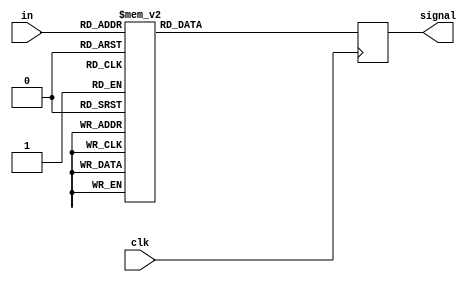
`timescale 1ns / 1ps
//////////////////////////////////////////////////////////////////////////////////
// Company: 
// Engineer: 
// 
// Design Name: 
// Module Name: check_request
// Project Name: 
// Target Devices: 
// Tool Versions: 
// Description: 
// 
// Dependencies: 
// 
// Revision:
// Revision 0.01 - File Created
// Additional Comments:
// 
//////////////////////////////////////////////////////////////////////////////////


module check_request(
    input [9:0] in, //{estoy,dir,marcados,request }
    input clk,
    output reg [3:0] signal
    );
    
always@(posedge clk) begin
    case(in)
    10'b0000000000: signal = 4'b0001;
    10'b0000000010: signal = 4'b0101;
    10'b0000000011: signal = 4'b0101;
    10'b0000000100: signal = 4'b1001;
    10'b0000000101: signal = 4'b1001;
    10'b0000000111: signal = 4'b1101;
    10'b0000001000: signal = 4'b0001;
    10'b0000001010: signal = 4'b0101;
    10'b0000001011: signal = 4'b0110;
    10'b0000001100: signal = 4'b1001;
    10'b0000001101: signal = 4'b1010;
    10'b0000001111: signal = 4'b1110;
    10'b0000010000: signal = 4'b0001;
    10'b0000010010: signal = 4'b0101;
    10'b0000010011: signal = 4'b0110;
    10'b0000010100: signal = 4'b1001;
    10'b0000010101: signal = 4'b1010;
    10'b0000010111: signal = 4'b1101;
    10'b0000011000: signal = 4'b0001;
    10'b0000011010: signal = 4'b0101;
    10'b0000011011: signal = 4'b0110;
    10'b0000011100: signal = 4'b1001;
    10'b0000011101: signal = 4'b1010;
    10'b0000011111: signal = 4'b1110;
    10'b0000100000: signal = 4'b0001;
    10'b0000100010: signal = 4'b0101;
    10'b0000100011: signal = 4'b0110;
    10'b0000100100: signal = 4'b1001;
    10'b0000100101: signal = 4'b1001;
    10'b0000100111: signal = 4'b1101;
    10'b0000101000: signal = 4'b0001;
    10'b0000101010: signal = 4'b0101;
    10'b0000101011: signal = 4'b0110;
    10'b0000101100: signal = 4'b1001;
    10'b0000101101: signal = 4'b1010;
    10'b0000101111: signal = 4'b1110;
    10'b0000110000: signal = 4'b0001;
    10'b0000110010: signal = 4'b0101;
    10'b0000110011: signal = 4'b0110;
    10'b0000110100: signal = 4'b1001;
    10'b0000110101: signal = 4'b1010;
    10'b0000110111: signal = 4'b1101;
    10'b0000111000: signal = 4'b0001;
    10'b0000111010: signal = 4'b0101;
    10'b0000111011: signal = 4'b0110;
    10'b0000111100: signal = 4'b1001;
    10'b0000111101: signal = 4'b1010;
    10'b0000111111: signal = 4'b1110;
    10'b0001000000: signal = 4'b0001;
    10'b0001000010: signal = 4'b0101;
    10'b0001000011: signal = 4'b0101;
    10'b0001000100: signal = 4'b1001;
    10'b0001000101: signal = 4'b1001;
    10'b0001000111: signal = 4'b1101;
    10'b0001001000: signal = 4'b0001;
    10'b0001001010: signal = 4'b0101;
    10'b0001001011: signal = 4'b0110;
    10'b0001001100: signal = 4'b1001;
    10'b0001001101: signal = 4'b1010;
    10'b0001001111: signal = 4'b1110;
    10'b0001010000: signal = 4'b0001;
    10'b0001010010: signal = 4'b0101;
    10'b0001010011: signal = 4'b0110;
    10'b0001010100: signal = 4'b1001;
    10'b0001010101: signal = 4'b1010;
    10'b0001010111: signal = 4'b1101;
    10'b0001011000: signal = 4'b0001;
    10'b0001011010: signal = 4'b0101;
    10'b0001011011: signal = 4'b0110;
    10'b0001011100: signal = 4'b1001;
    10'b0001011101: signal = 4'b1010;
    10'b0001011111: signal = 4'b1110;
    10'b0001100000: signal = 4'b0001;
    10'b0001100010: signal = 4'b0101;
    10'b0001100011: signal = 4'b0110;
    10'b0001100100: signal = 4'b1001;
    10'b0001100101: signal = 4'b1001;
    10'b0001100111: signal = 4'b1101;
    10'b0001101000: signal = 4'b0001;
    10'b0001101010: signal = 4'b0101;
    10'b0001101011: signal = 4'b0110;
    10'b0001101100: signal = 4'b1001;
    10'b0001101101: signal = 4'b1010;
    10'b0001101111: signal = 4'b1110;
    10'b0001110000: signal = 4'b0001;
    10'b0001110010: signal = 4'b0101;
    10'b0001110011: signal = 4'b0110;
    10'b0001110100: signal = 4'b1001;
    10'b0001110101: signal = 4'b1010;
    10'b0001110111: signal = 4'b1101;
    10'b0001111000: signal = 4'b0001;
    10'b0001111010: signal = 4'b0101;
    10'b0001111011: signal = 4'b0110;
    10'b0001111100: signal = 4'b1001;
    10'b0001111101: signal = 4'b1010;
    10'b0001111111: signal = 4'b1110;
    10'b0100000000: signal = 4'b0101;
    10'b0100000010: signal = 4'b0001;
    10'b0100000011: signal = 4'b0001;
    10'b0100000100: signal = 4'b0101;
    10'b0100000101: signal = 4'b0101;
    10'b0100000111: signal = 4'b1001;
    10'b0100001000: signal = 4'b0100;
    10'b0100001010: signal = 4'b0001;
    10'b0100001011: signal = 4'b0001;
    10'b0100001100: signal = 4'b0101;
    10'b0100001101: signal = 4'b0110;
    10'b0100001111: signal = 4'b1010;
    10'b0100010000: signal = 4'b0100;
    10'b0100010010: signal = 4'b0001;
    10'b0100010011: signal = 4'b0001;
    10'b0100010100: signal = 4'b0101;
    10'b0100010101: signal = 4'b0110;
    10'b0100010111: signal = 4'b1001;
    10'b0100011000: signal = 4'b0100;
    10'b0100011010: signal = 4'b0001;
    10'b0100011011: signal = 4'b0001;
    10'b0100011100: signal = 4'b0101;
    10'b0100011101: signal = 4'b0110;
    10'b0100011111: signal = 4'b1010;
    10'b0100100000: signal = 4'b0100;
    10'b0100100010: signal = 4'b0001;
    10'b0100100011: signal = 4'b0001;
    10'b0100100100: signal = 4'b0101;
    10'b0100100101: signal = 4'b0101;
    10'b0100100111: signal = 4'b1001;
    10'b0100101000: signal = 4'b0100;
    10'b0100101010: signal = 4'b0001;
    10'b0100101011: signal = 4'b0001;
    10'b0100101100: signal = 4'b0101;
    10'b0100101101: signal = 4'b0110;
    10'b0100101111: signal = 4'b1010;
    10'b0100110000: signal = 4'b0100;
    10'b0100110010: signal = 4'b0001;
    10'b0100110011: signal = 4'b0001;
    10'b0100110100: signal = 4'b0101;
    10'b0100110101: signal = 4'b0110;
    10'b0100110111: signal = 4'b1001;
    10'b0100111000: signal = 4'b0100;
    10'b0100111010: signal = 4'b0001;
    10'b0100111011: signal = 4'b0001;
    10'b0100111100: signal = 4'b0101;
    10'b0100111101: signal = 4'b0110;
    10'b0100111111: signal = 4'b1010;
    10'b0101000000: signal = 4'b0100;
    10'b0101000010: signal = 4'b0001;
    10'b0101000011: signal = 4'b0001;
    10'b0101000100: signal = 4'b0101;
    10'b0101000101: signal = 4'b0101;
    10'b0101000111: signal = 4'b1001;
    10'b0101001000: signal = 4'b0100;
    10'b0101001010: signal = 4'b0001;
    10'b0101001011: signal = 4'b0001;
    10'b0101001100: signal = 4'b0101;
    10'b0101001101: signal = 4'b0110;
    10'b0101001111: signal = 4'b1010;
    10'b0101010000: signal = 4'b0100;
    10'b0101010010: signal = 4'b0001;
    10'b0101010011: signal = 4'b0001;
    10'b0101010100: signal = 4'b0101;
    10'b0101010101: signal = 4'b0110;
    10'b0101010111: signal = 4'b1001;
    10'b0101011000: signal = 4'b0100;
    10'b0101011010: signal = 4'b0001;
    10'b0101011011: signal = 4'b0001;
    10'b0101011100: signal = 4'b0101;
    10'b0101011101: signal = 4'b0110;
    10'b0101011111: signal = 4'b1010;
    10'b0101100000: signal = 4'b0100;
    10'b0101100010: signal = 4'b0001;
    10'b0101100011: signal = 4'b0001;
    10'b0101100100: signal = 4'b0101;
    10'b0101100101: signal = 4'b0101;
    10'b0101100111: signal = 4'b1001;
    10'b0101101000: signal = 4'b0100;
    10'b0101101010: signal = 4'b0001;
    10'b0101101011: signal = 4'b0001;
    10'b0101101100: signal = 4'b0101;
    10'b0101101101: signal = 4'b0110;
    10'b0101101111: signal = 4'b1010;
    10'b0101110000: signal = 4'b0100;
    10'b0101110010: signal = 4'b0001;
    10'b0101110011: signal = 4'b0001;
    10'b0101110100: signal = 4'b0101;
    10'b0101110101: signal = 4'b0110;
    10'b0101110111: signal = 4'b1001;
    10'b0101111000: signal = 4'b0100;
    10'b0101111010: signal = 4'b0001;
    10'b0101111011: signal = 4'b0001;
    10'b0101111100: signal = 4'b0101;
    10'b0101111101: signal = 4'b0110;
    10'b0101111111: signal = 4'b1010;
    10'b0110000000: signal = 4'b0101;
    10'b0110000010: signal = 4'b0001;
    10'b0110000011: signal = 4'b0001;
    10'b0110000100: signal = 4'b0101;
    10'b0110000101: signal = 4'b0101;
    10'b0110000111: signal = 4'b1001;
    10'b0110001000: signal = 4'b0101;
    10'b0110001010: signal = 4'b0001;
    10'b0110001011: signal = 4'b0001;
    10'b0110001100: signal = 4'b0100;
    10'b0110001101: signal = 4'b0100;
    10'b0110001111: signal = 4'b1000;
    10'b0110010000: signal = 4'b0101;
    10'b0110010010: signal = 4'b0001;
    10'b0110010011: signal = 4'b0001;
    10'b0110010100: signal = 4'b0100;
    10'b0110010101: signal = 4'b0100;
    10'b0110010111: signal = 4'b1000;
    10'b0110011000: signal = 4'b0101;
    10'b0110011010: signal = 4'b0001;
    10'b0110011011: signal = 4'b0001;
    10'b0110011100: signal = 4'b0100;
    10'b0110011101: signal = 4'b0100;
    10'b0110011111: signal = 4'b1000;
    10'b0110100000: signal = 4'b0101;
    10'b0110100010: signal = 4'b0001;
    10'b0110100011: signal = 4'b0001;
    10'b0110100100: signal = 4'b0100;
    10'b0110100101: signal = 4'b0100;
    10'b0110100111: signal = 4'b1000;
    10'b0110101000: signal = 4'b0101;
    10'b0110101010: signal = 4'b0001;
    10'b0110101011: signal = 4'b0001;
    10'b0110101100: signal = 4'b0100;
    10'b0110101101: signal = 4'b0100;
    10'b0110101111: signal = 4'b1000;
    10'b0110110000: signal = 4'b0101;
    10'b0110110010: signal = 4'b0001;
    10'b0110110011: signal = 4'b0001;
    10'b0110110100: signal = 4'b0100;
    10'b0110110101: signal = 4'b0100;
    10'b0110110111: signal = 4'b1000;
    10'b0110111000: signal = 4'b0101;
    10'b0110111010: signal = 4'b0001;
    10'b0110111011: signal = 4'b0001;
    10'b0110111100: signal = 4'b0100;
    10'b0110111101: signal = 4'b0100;
    10'b0110111111: signal = 4'b1000;
    10'b0111000000: signal = 4'b0101;
    10'b0111000010: signal = 4'b0010;
    10'b0111000011: signal = 4'b0001;
    10'b0111000100: signal = 4'b0100;
    10'b0111000101: signal = 4'b0100;
    10'b0111000111: signal = 4'b1000;
    10'b0111001000: signal = 4'b0101;
    10'b0111001010: signal = 4'b0010;
    10'b0111001011: signal = 4'b0001;
    10'b0111001100: signal = 4'b0100;
    10'b0111001101: signal = 4'b0100;
    10'b0111001111: signal = 4'b1000;
    10'b0111010000: signal = 4'b0101;
    10'b0111010010: signal = 4'b0010;
    10'b0111010011: signal = 4'b0001;
    10'b0111010100: signal = 4'b0100;
    10'b0111010101: signal = 4'b0100;
    10'b0111010111: signal = 4'b1000;
    10'b0111011000: signal = 4'b0101;
    10'b0111011010: signal = 4'b0010;
    10'b0111011011: signal = 4'b0001;
    10'b0111011100: signal = 4'b0100;
    10'b0111011101: signal = 4'b0100;
    10'b0111011111: signal = 4'b1000;
    10'b0111100000: signal = 4'b0101;
    10'b0111100010: signal = 4'b0010;
    10'b0111100011: signal = 4'b0001;
    10'b0111100100: signal = 4'b0100;
    10'b0111100101: signal = 4'b0100;
    10'b0111100111: signal = 4'b1000;
    10'b0111101000: signal = 4'b0101;
    10'b0111101010: signal = 4'b0010;
    10'b0111101011: signal = 4'b0001;
    10'b0111101100: signal = 4'b0100;
    10'b0111101101: signal = 4'b0100;
    10'b0111101111: signal = 4'b1000;
    10'b0111110000: signal = 4'b0101;
    10'b0111110010: signal = 4'b0010;
    10'b0111110011: signal = 4'b0001;
    10'b0111110100: signal = 4'b0100;
    10'b0111110101: signal = 4'b0100;
    10'b0111110111: signal = 4'b1000;
    10'b0111111000: signal = 4'b0101;
    10'b0111111010: signal = 4'b0010;
    10'b0111111011: signal = 4'b0001;
    10'b0111111100: signal = 4'b0100;
    10'b0111111101: signal = 4'b0100;
    10'b0111111111: signal = 4'b1000;
    10'b1000000000: signal = 4'b1001;
    10'b1000000010: signal = 4'b0101;
    10'b1000000011: signal = 4'b0101;
    10'b1000000100: signal = 4'b0001;
    10'b1000000101: signal = 4'b0001;
    10'b1000000111: signal = 4'b0101;
    10'b1000001000: signal = 4'b1000;
    10'b1000001010: signal = 4'b0100;
    10'b1000001011: signal = 4'b0101;
    10'b1000001100: signal = 4'b0001;
    10'b1000001101: signal = 4'b0001;
    10'b1000001111: signal = 4'b0110;
    10'b1000010000: signal = 4'b1000;
    10'b1000010010: signal = 4'b0100;
    10'b1000010011: signal = 4'b0101;
    10'b1000010100: signal = 4'b0001;
    10'b1000010101: signal = 4'b0001;
    10'b1000010111: signal = 4'b0101;
    10'b1000011000: signal = 4'b1000;
    10'b1000011010: signal = 4'b0100;
    10'b1000011011: signal = 4'b0101;
    10'b1000011100: signal = 4'b0001;
    10'b1000011101: signal = 4'b0001;
    10'b1000011111: signal = 4'b0110;
    10'b1000100000: signal = 4'b1000;
    10'b1000100010: signal = 4'b0100;
    10'b1000100011: signal = 4'b0101;
    10'b1000100100: signal = 4'b0001;
    10'b1000100101: signal = 4'b0001;
    10'b1000100111: signal = 4'b0101;
    10'b1000101000: signal = 4'b1000;
    10'b1000101010: signal = 4'b0100;
    10'b1000101011: signal = 4'b0101;
    10'b1000101100: signal = 4'b0001;
    10'b1000101101: signal = 4'b0001;
    10'b1000101111: signal = 4'b0110;
    10'b1000110000: signal = 4'b1000;
    10'b1000110010: signal = 4'b0100;
    10'b1000110011: signal = 4'b0101;
    10'b1000110100: signal = 4'b0001;
    10'b1000110101: signal = 4'b0001;
    10'b1000110111: signal = 4'b0101;
    10'b1000111000: signal = 4'b1000;
    10'b1000111010: signal = 4'b0100;
    10'b1000111011: signal = 4'b0101;
    10'b1000111100: signal = 4'b0001;
    10'b1000111101: signal = 4'b0001;
    10'b1000111111: signal = 4'b0110;
    10'b1001000000: signal = 4'b1000;
    10'b1001000010: signal = 4'b0100;
    10'b1001000011: signal = 4'b0101;
    10'b1001000100: signal = 4'b0001;
    10'b1001000101: signal = 4'b0001;
    10'b1001000111: signal = 4'b0101;
    10'b1001001000: signal = 4'b1000;
    10'b1001001010: signal = 4'b0100;
    10'b1001001011: signal = 4'b0101;
    10'b1001001100: signal = 4'b0001;
    10'b1001001101: signal = 4'b0001;
    10'b1001001111: signal = 4'b0110;
    10'b1001010000: signal = 4'b1000;
    10'b1001010010: signal = 4'b0100;
    10'b1001010011: signal = 4'b0101;
    10'b1001010100: signal = 4'b0001;
    10'b1001010101: signal = 4'b0001;
    10'b1001010111: signal = 4'b0101;
    10'b1001011000: signal = 4'b1000;
    10'b1001011010: signal = 4'b0100;
    10'b1001011011: signal = 4'b0101;
    10'b1001011100: signal = 4'b0001;
    10'b1001011101: signal = 4'b0001;
    10'b1001011111: signal = 4'b0110;
    10'b1001100000: signal = 4'b1000;
    10'b1001100010: signal = 4'b0100;
    10'b1001100011: signal = 4'b0101;
    10'b1001100100: signal = 4'b0001;
    10'b1001100101: signal = 4'b0001;
    10'b1001100111: signal = 4'b0101;
    10'b1001101000: signal = 4'b1000;
    10'b1001101010: signal = 4'b0100;
    10'b1001101011: signal = 4'b0101;
    10'b1001101100: signal = 4'b0001;
    10'b1001101101: signal = 4'b0001;
    10'b1001101111: signal = 4'b0110;
    10'b1001110000: signal = 4'b1000;
    10'b1001110010: signal = 4'b0100;
    10'b1001110011: signal = 4'b0101;
    10'b1001110100: signal = 4'b0001;
    10'b1001110101: signal = 4'b0001;
    10'b1001110111: signal = 4'b0101;
    10'b1001111000: signal = 4'b1000;
    10'b1001111010: signal = 4'b0100;
    10'b1001111011: signal = 4'b0101;
    10'b1001111100: signal = 4'b0001;
    10'b1001111101: signal = 4'b0001;
    10'b1001111111: signal = 4'b0110;
    10'b1010000000: signal = 4'b1001;
    10'b1010000010: signal = 4'b0101;
    10'b1010000011: signal = 4'b0101;
    10'b1010000100: signal = 4'b0001;
    10'b1010000101: signal = 4'b0001;
    10'b1010000111: signal = 4'b0101;
    10'b1010001000: signal = 4'b1001;
    10'b1010001010: signal = 4'b0101;
    10'b1010001011: signal = 4'b0101;
    10'b1010001100: signal = 4'b0001;
    10'b1010001101: signal = 4'b0001;
    10'b1010001111: signal = 4'b0100;
    10'b1010010000: signal = 4'b1001;
    10'b1010010010: signal = 4'b0101;
    10'b1010010011: signal = 4'b0101;
    10'b1010010100: signal = 4'b0001;
    10'b1010010101: signal = 4'b0001;
    10'b1010010111: signal = 4'b0100;
    10'b1010011000: signal = 4'b1001;
    10'b1010011010: signal = 4'b0101;
    10'b1010011011: signal = 4'b0101;
    10'b1010011100: signal = 4'b0001;
    10'b1010011101: signal = 4'b0001;
    10'b1010011111: signal = 4'b0100;
    10'b1010100000: signal = 4'b1001;
    10'b1010100010: signal = 4'b0101;
    10'b1010100011: signal = 4'b0101;
    10'b1010100100: signal = 4'b0010;
    10'b1010100101: signal = 4'b0001;
    10'b1010100111: signal = 4'b0100;
    10'b1010101000: signal = 4'b1001;
    10'b1010101010: signal = 4'b0101;
    10'b1010101011: signal = 4'b0101;
    10'b1010101100: signal = 4'b0010;
    10'b1010101101: signal = 4'b0001;
    10'b1010101111: signal = 4'b0100;
    10'b1010110000: signal = 4'b1001;
    10'b1010110010: signal = 4'b0101;
    10'b1010110011: signal = 4'b0101;
    10'b1010110100: signal = 4'b0010;
    10'b1010110101: signal = 4'b0001;
    10'b1010110111: signal = 4'b0100;
    10'b1010111000: signal = 4'b1001;
    10'b1010111010: signal = 4'b0101;
    10'b1010111011: signal = 4'b0101;
    10'b1010111100: signal = 4'b0010;
    10'b1010111101: signal = 4'b0001;
    10'b1010111111: signal = 4'b0100;
    10'b1011000000: signal = 4'b1001;
    10'b1011000010: signal = 4'b0110;
    10'b1011000011: signal = 4'b0101;
    10'b1011000100: signal = 4'b0010;
    10'b1011000101: signal = 4'b0001;
    10'b1011000111: signal = 4'b0100;
    10'b1011001000: signal = 4'b1001;
    10'b1011001010: signal = 4'b0110;
    10'b1011001011: signal = 4'b0101;
    10'b1011001100: signal = 4'b0010;
    10'b1011001101: signal = 4'b0001;
    10'b1011001111: signal = 4'b0100;
    10'b1011010000: signal = 4'b1001;
    10'b1011010010: signal = 4'b0110;
    10'b1011010011: signal = 4'b0101;
    10'b1011010100: signal = 4'b0010;
    10'b1011010101: signal = 4'b0001;
    10'b1011010111: signal = 4'b0100;
    10'b1011011000: signal = 4'b1001;
    10'b1011011010: signal = 4'b0110;
    10'b1011011011: signal = 4'b0101;
    10'b1011011100: signal = 4'b0010;
    10'b1011011101: signal = 4'b0001;
    10'b1011011111: signal = 4'b0100;
    10'b1011100000: signal = 4'b1001;
    10'b1011100010: signal = 4'b0110;
    10'b1011100011: signal = 4'b0101;
    10'b1011100100: signal = 4'b0010;
    10'b1011100101: signal = 4'b0001;
    10'b1011100111: signal = 4'b0100;
    10'b1011101000: signal = 4'b1001;
    10'b1011101010: signal = 4'b0110;
    10'b1011101011: signal = 4'b0101;
    10'b1011101100: signal = 4'b0010;
    10'b1011101101: signal = 4'b0001;
    10'b1011101111: signal = 4'b0100;
    10'b1011110000: signal = 4'b1001;
    10'b1011110010: signal = 4'b0110;
    10'b1011110011: signal = 4'b0101;
    10'b1011110100: signal = 4'b0010;
    10'b1011110101: signal = 4'b0001;
    10'b1011110111: signal = 4'b0100;
    10'b1011111000: signal = 4'b1001;
    10'b1011111010: signal = 4'b0110;
    10'b1011111011: signal = 4'b0101;
    10'b1011111100: signal = 4'b0010;
    10'b1011111101: signal = 4'b0001;
    10'b1011111111: signal = 4'b0100;
    10'b1110000000: signal = 4'b1101;
    10'b1110000010: signal = 4'b1001;
    10'b1110000011: signal = 4'b1001;
    10'b1110000100: signal = 4'b0101;
    10'b1110000101: signal = 4'b0101;
    10'b1110000111: signal = 4'b0001;
    10'b1110001000: signal = 4'b1101;
    10'b1110001010: signal = 4'b1001;
    10'b1110001011: signal = 4'b1001;
    10'b1110001100: signal = 4'b0101;
    10'b1110001101: signal = 4'b0101;
    10'b1110001111: signal = 4'b0001;
    10'b1110010000: signal = 4'b1101;
    10'b1110010010: signal = 4'b1001;
    10'b1110010011: signal = 4'b1001;
    10'b1110010100: signal = 4'b0101;
    10'b1110010101: signal = 4'b0101;
    10'b1110010111: signal = 4'b0001;
    10'b1110011000: signal = 4'b1101;
    10'b1110011010: signal = 4'b1001;
    10'b1110011011: signal = 4'b1001;
    10'b1110011100: signal = 4'b0101;
    10'b1110011101: signal = 4'b0101;
    10'b1110011111: signal = 4'b0001;
    10'b1110100000: signal = 4'b1101;
    10'b1110100010: signal = 4'b1001;
    10'b1110100011: signal = 4'b1001;
    10'b1110100100: signal = 4'b0110;
    10'b1110100101: signal = 4'b0101;
    10'b1110100111: signal = 4'b0001;
    10'b1110101000: signal = 4'b1101;
    10'b1110101010: signal = 4'b1001;
    10'b1110101011: signal = 4'b1001;
    10'b1110101100: signal = 4'b0110;
    10'b1110101101: signal = 4'b0101;
    10'b1110101111: signal = 4'b0001;
    10'b1110110000: signal = 4'b1101;
    10'b1110110010: signal = 4'b1001;
    10'b1110110011: signal = 4'b1001;
    10'b1110110100: signal = 4'b0110;
    10'b1110110101: signal = 4'b0101;
    10'b1110110111: signal = 4'b0001;
    10'b1110111000: signal = 4'b1101;
    10'b1110111010: signal = 4'b1001;
    10'b1110111011: signal = 4'b1001;
    10'b1110111100: signal = 4'b0110;
    10'b1110111101: signal = 4'b0101;
    10'b1110111111: signal = 4'b0001;
    10'b1111000000: signal = 4'b1101;
    10'b1111000010: signal = 4'b1010;
    10'b1111000011: signal = 4'b1001;
    10'b1111000100: signal = 4'b0110;
    10'b1111000101: signal = 4'b0101;
    10'b1111000111: signal = 4'b0001;
    10'b1111001000: signal = 4'b1101;
    10'b1111001010: signal = 4'b1010;
    10'b1111001011: signal = 4'b1001;
    10'b1111001100: signal = 4'b0110;
    10'b1111001101: signal = 4'b0101;
    10'b1111001111: signal = 4'b0001;
    10'b1111010000: signal = 4'b1101;
    10'b1111010010: signal = 4'b1010;
    10'b1111010011: signal = 4'b1001;
    10'b1111010100: signal = 4'b0110;
    10'b1111010101: signal = 4'b0101;
    10'b1111010111: signal = 4'b0001;
    10'b1111011000: signal = 4'b1101;
    10'b1111011010: signal = 4'b1010;
    10'b1111011011: signal = 4'b1001;
    10'b1111011100: signal = 4'b0110;
    10'b1111011101: signal = 4'b0101;
    10'b1111011111: signal = 4'b0001;
    10'b1111100000: signal = 4'b1101;
    10'b1111100010: signal = 4'b1010;
    10'b1111100011: signal = 4'b1001;
    10'b1111100100: signal = 4'b0110;
    10'b1111100101: signal = 4'b0101;
    10'b1111100111: signal = 4'b0001;
    10'b1111101000: signal = 4'b1101;
    10'b1111101010: signal = 4'b1010;
    10'b1111101011: signal = 4'b1001;
    10'b1111101100: signal = 4'b0110;
    10'b1111101101: signal = 4'b0101;
    10'b1111101111: signal = 4'b0001;
    10'b1111110000: signal = 4'b1101;
    10'b1111110010: signal = 4'b1010;
    10'b1111110011: signal = 4'b1001;
    10'b1111110100: signal = 4'b0110;
    10'b1111110101: signal = 4'b0101;
    10'b1111110111: signal = 4'b0001;
    10'b1111111000: signal = 4'b1101;
    10'b1111111010: signal = 4'b1010;
    10'b1111111011: signal = 4'b1001;
    10'b1111111100: signal = 4'b0110;
    10'b1111111101: signal = 4'b0101;
    10'b1111111111: signal = 4'b0001;
    default: signal = 4'b1111;
    endcase
    end
endmodule